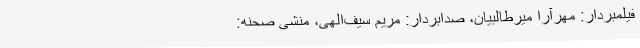
فیلمبردار: مهرآرا میرطالبیان، صدابردار: مریم سیف‌الهی، منشی صحنه: